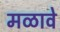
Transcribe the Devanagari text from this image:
मळावे